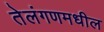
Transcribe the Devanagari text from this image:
तेलंगणमधील